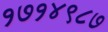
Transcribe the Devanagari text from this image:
१७१४९८७